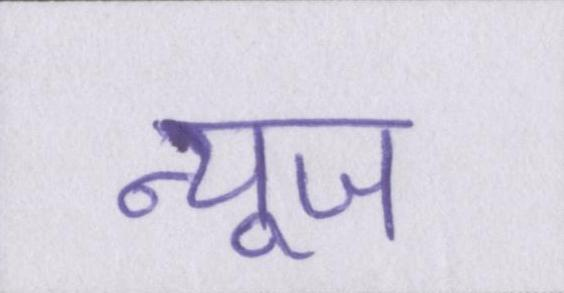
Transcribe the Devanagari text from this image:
न्यूज